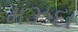
મઝદા